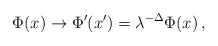
\begin{align*}\Phi(x)\rightarrow \Phi'(x')=\lambda^{-\Delta}\Phi(x) \,,\end{align*}